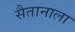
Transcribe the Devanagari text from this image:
सैतानाला